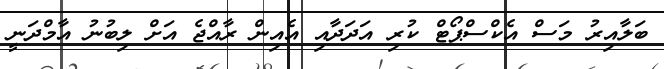
ބަލާއިރު މަސް އެކްސްޕޯޓް ކުރި އަދަދާއި އެއިން ރާއްޖެ އަށް ލިބުނު އާމްދަނީ